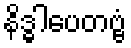
နိဒ္ဓါပေတဗ္ဗံ